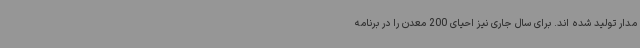
مدار تولید شده اند. برای سال جاری نیز احیای 200 معدن را در برنامه